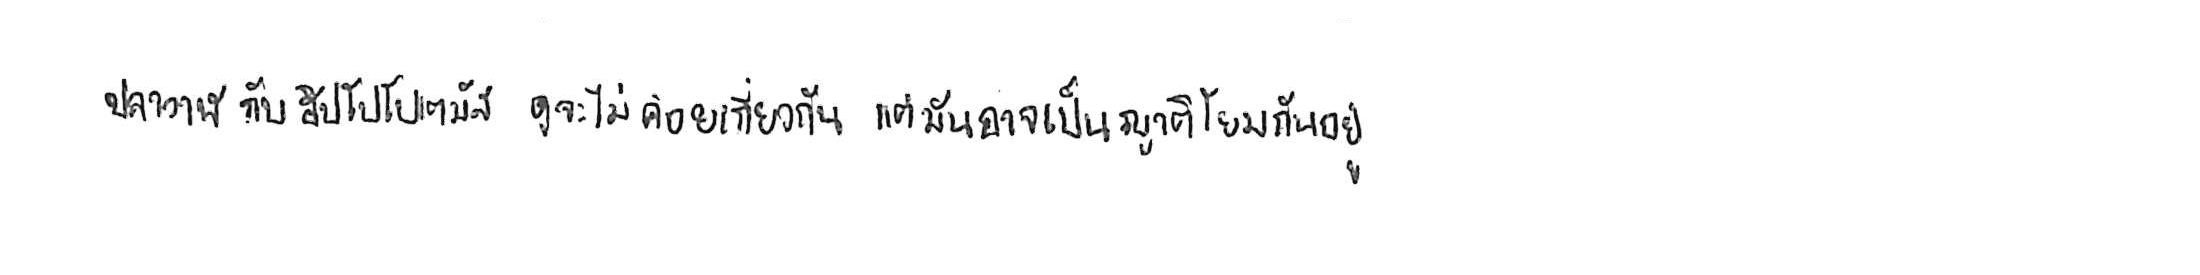
ปลาวาฬ กับ ฮิปโปโปเตมัส ดูจะไม่ค่อยเกี่ยวกัน แต่มันอาจเป็นญาติโยมกันอยู่